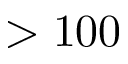
> 1 0 0